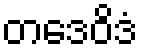
တဒေဝိဒံ